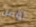
أؤمن